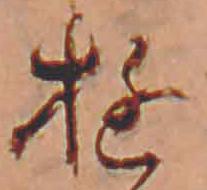
ゆ